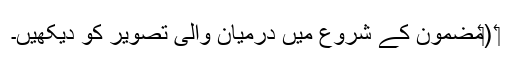
‏ (‏مضمون کے شروع میں درمیان والی تصویر کو دیکھیں۔